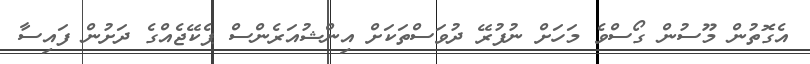
އެގޮތުން މޫސުން ގޯސްވެ މަހަށް ނުފުރޭ ދުވަސްތަކަށް އިންޝުއަރެންސް ޕެކޭޖެއްގެ ދަށުން ފައިސާ